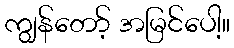
ကျွန်တော့် အမြင်ပေါ့။